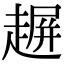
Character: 𧼲